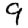
Digit: 9